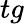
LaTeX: tg